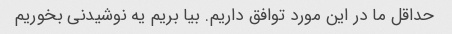
حداقل ما در این مورد توافق داریم. بیا بریم یه نوشیدنی بخوریم